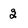
Character: 2